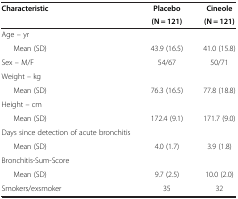
| Characteristic | Placebo | Cineole |
 |  | (N = 121) | (N = 121) |
 | --- | --- | --- |
 | Age – yr |  |  |
 | Mean (SD) | 43.9 (16.5) | 41.0 (15.8) |
 | Sex – M/F | 54/67 | 50/71 |
 | Weight – kg |  |  |
 | Mean (SD) | 76.3 (16.5) | 77.8 (18.8) |
 | Height – cm |  |  |
 | Mean (SD) | 172.4 (9.1) | 171.7 (9.0) |
 | Days since detection of acute bronchitis |  |  |
 | Mean (SD) | 4.0 (1.7) | 3.9 (1.8) |
 | Bronchitis-Sum-Score |  |  |
 | Mean (SD) | 9.7 (2.5) | 10.0 (2.0) |
 | Smokers/exsmoker | 35 | 32 |